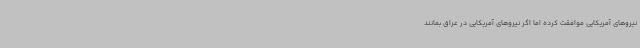
نیروهای آمریکایی موافقت کرده اما اگر نیروهای آمریکایی در عراق بمانند